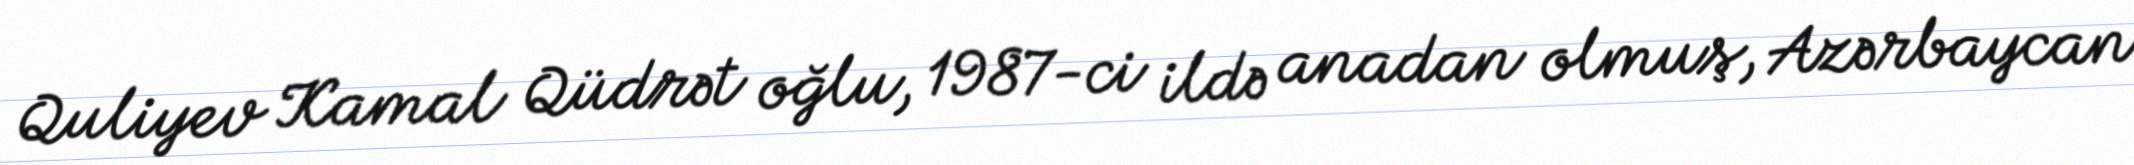
Quliyev Kamal Qüdrət oğlu, 1987-ci ildə anadan olmuş, Azərbaycan